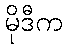
မိုဒီက